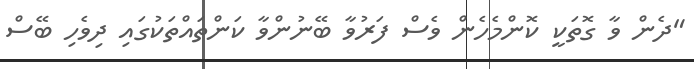
"ދެން ވާ ގޮތަކީ ކޮންމެހެން ވެސް ފަރުވާ ބޭނުންވާ ކަންތައްތަކުގައި ދިވެހި ބޭސް